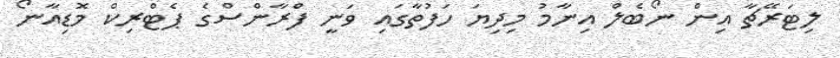
ލިޓަރޭޗާ އިން ނޯބެލް އިނާމު މިދިޔަ ހަފުތާގައި ވަނީ ފްރާންސްގެ ޕެޓްރިކް މޮޑިއާނޯ